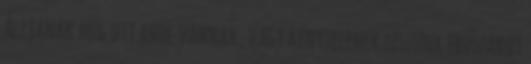
Álljanak meg ott ahol vannak, vagy kénytelenek leszünk erőszakot